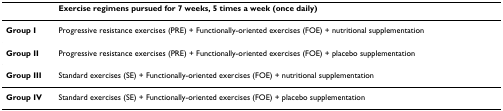
|  | Exercise regimens pursued for 7 weeks, 5 times a week (once daily) |
 | --- | --- |
 | Group I | Progressive resistance exercises (PRE) + Functionally-oriented exercises (FOE) + nutritional supplementation |
 | Group II | Progressive resistance exercises (PRE) + Functionally-oriented exercises (FOE) + placebo supplementation |
 | Group III | Standard exercises (SE) + Functionally-oriented exercises (FOE) + nutritional supplementation |
 | Group IV | Standard exercises (SE) + Functionally-oriented exercises (FOE) + placebo supplementation |